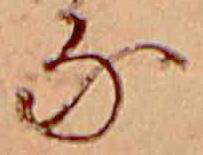
な